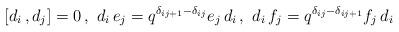
LaTeX: \begin{align*}[d_i\,,d_j]=0\,,\,\,d_i\,e_j=q^{{\delta}_{ij+1}-{\delta}_{ij}}e_j\,d_i\,,\,\,d_i\,f_j=q^{{\delta}_{ij}-{\delta}_{ij+1}}f_j\,d_i\end{align*}